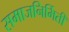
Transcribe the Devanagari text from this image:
समाजनिर्मिती